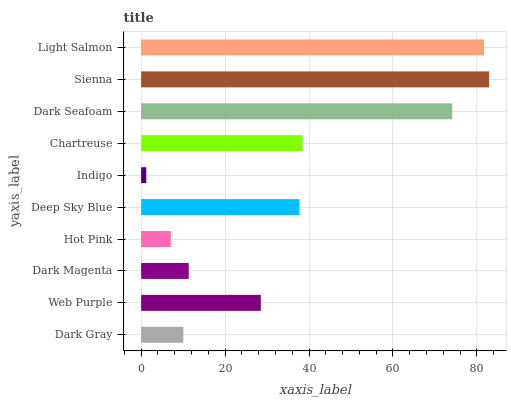
| yaxis_label | bars |
 | --- | --- |
 | Dark Gray | 10.1 |
 | Web Purple | 28.5 |
 | Dark Magenta | 11.3 |
 | Hot Pink | 7.07 |
 | Deep Sky Blue | 37.7 |
 | Indigo | 1.23 |
 | Chartreuse | 38.5 |
 | Dark Seafoam | 74.1 |
 | Sienna | 82.9 |
 | Light Salmon | 81.7 |